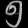
Digit: ၅